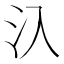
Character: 𣱿